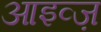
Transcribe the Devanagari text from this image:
आइव्ज़